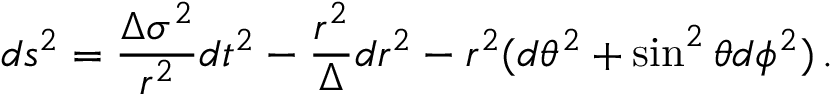
d s ^ { 2 } = \frac { \Delta \sigma ^ { 2 } } { r ^ { 2 } } d t ^ { 2 } - \frac { r ^ { 2 } } { \Delta } d r ^ { 2 } - r ^ { 2 } ( d \theta ^ { 2 } + \sin ^ { 2 } \theta d \phi ^ { 2 } ) \, .